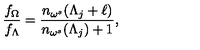
\frac { f _ { \Omega } } { f _ { \Lambda } } = \frac { n _ { \omega ^ { s } } ( \Lambda _ { j } + \ell ) } { n _ { \omega ^ { s } } ( \Lambda _ { j } ) + 1 } ,